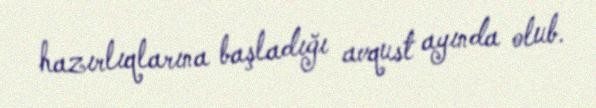
hazırlıqlarına başladığı avqust ayında olub.